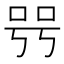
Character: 𠳯